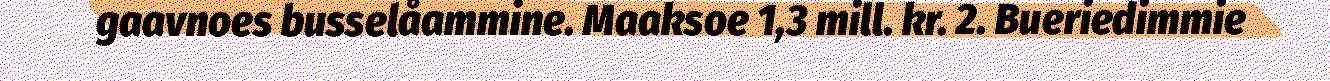
gaavnoes busselåammine. Maaksoe 1,3 mill. kr. 2. Bueriedimmie